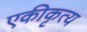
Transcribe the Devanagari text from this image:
एकीकृत्य